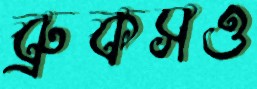
ব্রুকসও